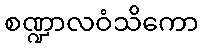
စဏ္ဍာလဝံသိကော